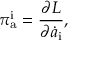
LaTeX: \pi _ { \mathrm { a } } ^ { \mathrm { i } } = { \frac { \partial L } { \partial \dot { a } _ { \mathrm { i } } } } ,